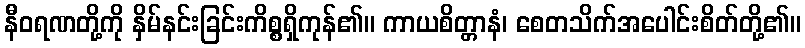
နီဝရဏတို့ကို နှိမ်နင်းခြင်းကိစ္စရှိကုန်၏။ ကာယစိတ္တာနံ၊ စေတသိက်အပေါင်းစိတ်တို့၏။